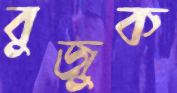
বুজুক